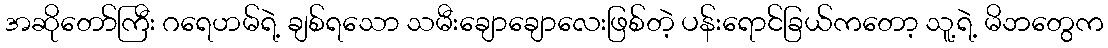
အဆိုတော်ကြီး ဂရေဟမ်ရဲ့ ချစ်ရသော သမီးချောချောလေးဖြစ်တဲ့ ပန်းရောင်ခြယ်ကတော့ သူ့ရဲ့ မိဘတွေက